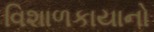
વિશાળકાયાનો